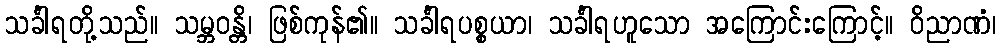
သင်္ခါရတို့သည်။ သမ္ဘဝန္တိ၊ ဖြစ်ကုန်၏။ သင်္ခါရပစ္စယာ၊ သင်္ခါရဟူသော အကြောင်းကြောင့်။ ဝိညာဏံ၊